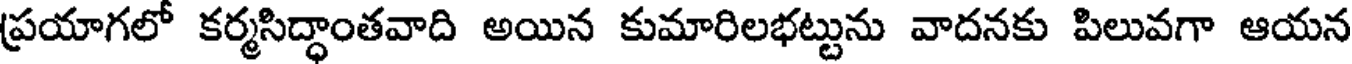
ప్రయాగలో కర్మసిద్ధాంతవాది అయిన కుమారిలభట్టును వాదనకు పిలువగా ఆయన